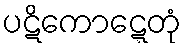
ပဋိကောဋ္ဋေတုံ